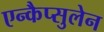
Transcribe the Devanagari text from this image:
एन्कैप्सुलेन